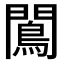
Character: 𨶠